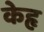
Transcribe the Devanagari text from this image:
केहृ